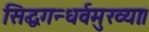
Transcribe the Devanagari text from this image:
सिद्धगन्धर्वमुख्याः।